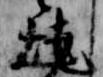
焼